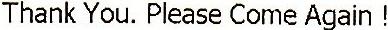
THANK YOU. PLEASE COME AGAIN !